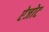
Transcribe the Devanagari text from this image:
ऐजोट